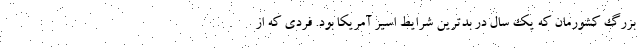
بزرگ کشورمان که یک سال در بدترین شرایط اسیر آمریکا بود. فردی که از